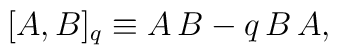
[A,B]_q \equiv A\,B - q\,B\,A,